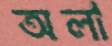
অলা